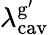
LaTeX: {\lambda_{\mathrm{cav}}^{\mathrm{g}^{\prime}}}